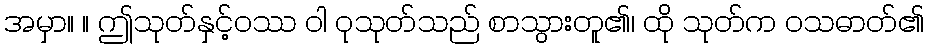
အမှာ။ ။ ဤသုတ်နှင့်ဝဿ ဝါ ဝုသုတ်သည် စာသွားတူ၏၊ ထို သုတ်က ဝသဓာတ်၏